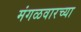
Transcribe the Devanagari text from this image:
मंगळवारच्या